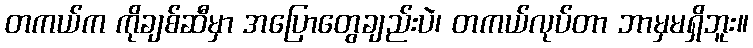
တကယ်က ကိုချစ်ဆီမှာ အပြောတွေချည်းပဲ၊ တကယ်လုပ်တာ ဘာမှမရှိဘူး။